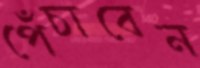
পেঁচাবেন